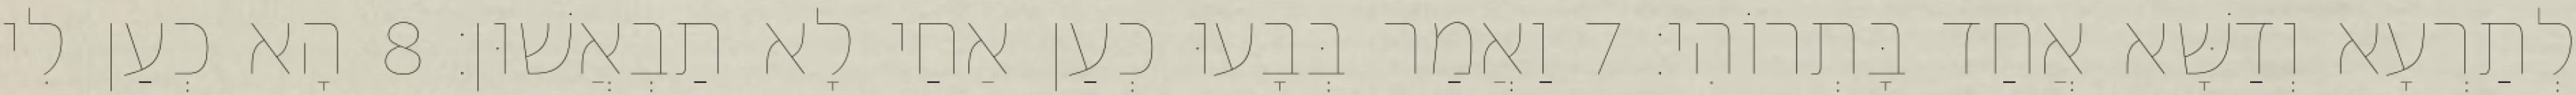
לְתַרְעָא וְדַשָּׁא אֲחַד בָּתְרוֹהִי׃ 7 וַאֲמַר בְּבָעוּ כְעַן אַחַי לָא תַבְאֲשׁוּן׃ 8 הָא כְעַן לִי